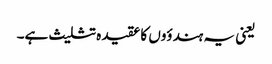
یعنی یہ ہندؤوں کا عقیدہ تثلیث ہے۔